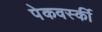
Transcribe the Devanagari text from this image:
पेकवर्स्की